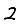
Digit: 2